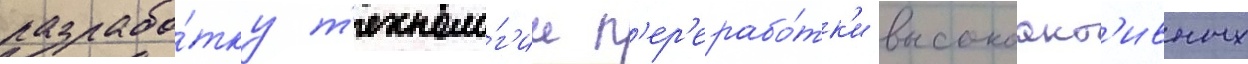
разрабо́тку т'ехноло́г'ии п'ер'ерабо́тк'и высокоакт'ивных